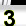
Digit: 3